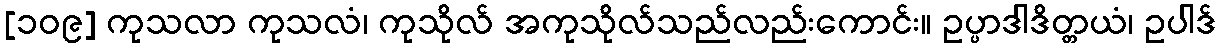
[၁၀၉] ကုသလာ ကုသလံ၊ ကုသိုလ် အကုသိုလ်သည်လည်းကောင်း။ ဥပ္ပာဒါဒိတ္တယံ၊ ဥပါဒ်